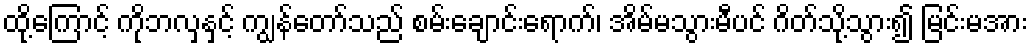
ထို့ကြောင့် ကိုဘလှနှင့် ကျွန်တော်သည် စမ်းချောင်းရောက်၊ အိမ်မသွားမီပင် ဂိတ်သို့သွား၍ မြင်းမအား